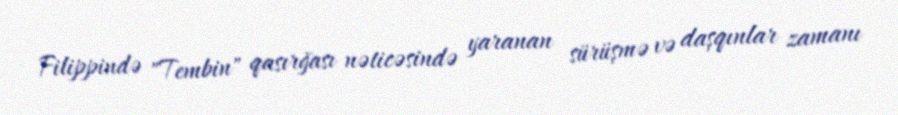
Filippində "Tembin" qasırğası nəticəsində yaranan sürüşmə və daşqınlar zamanı